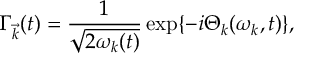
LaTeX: { \Gamma } _ { \vec { k } } ( t ) = \frac { 1 } { \sqrt { 2 { \omega } _ { k } ( t ) } } \exp \{ - i { \Theta } _ { k } ( { \omega } _ { k } , t ) \} ,